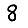
Digit: 8